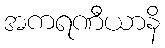
အကရဏီယာနိ